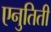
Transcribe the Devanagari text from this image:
एनुतिती